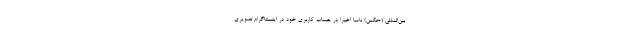
بین‌المللی (+عکس) ناسا اخیرا در حساب کاربری خود در اینستاگرام تصویری